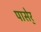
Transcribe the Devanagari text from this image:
पासेर्